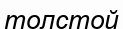
толстой